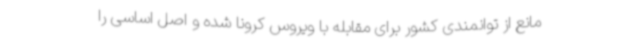
مانع از توانمندی کشور برای مقابله با ویروس کرونا شده و اصل اساسی را